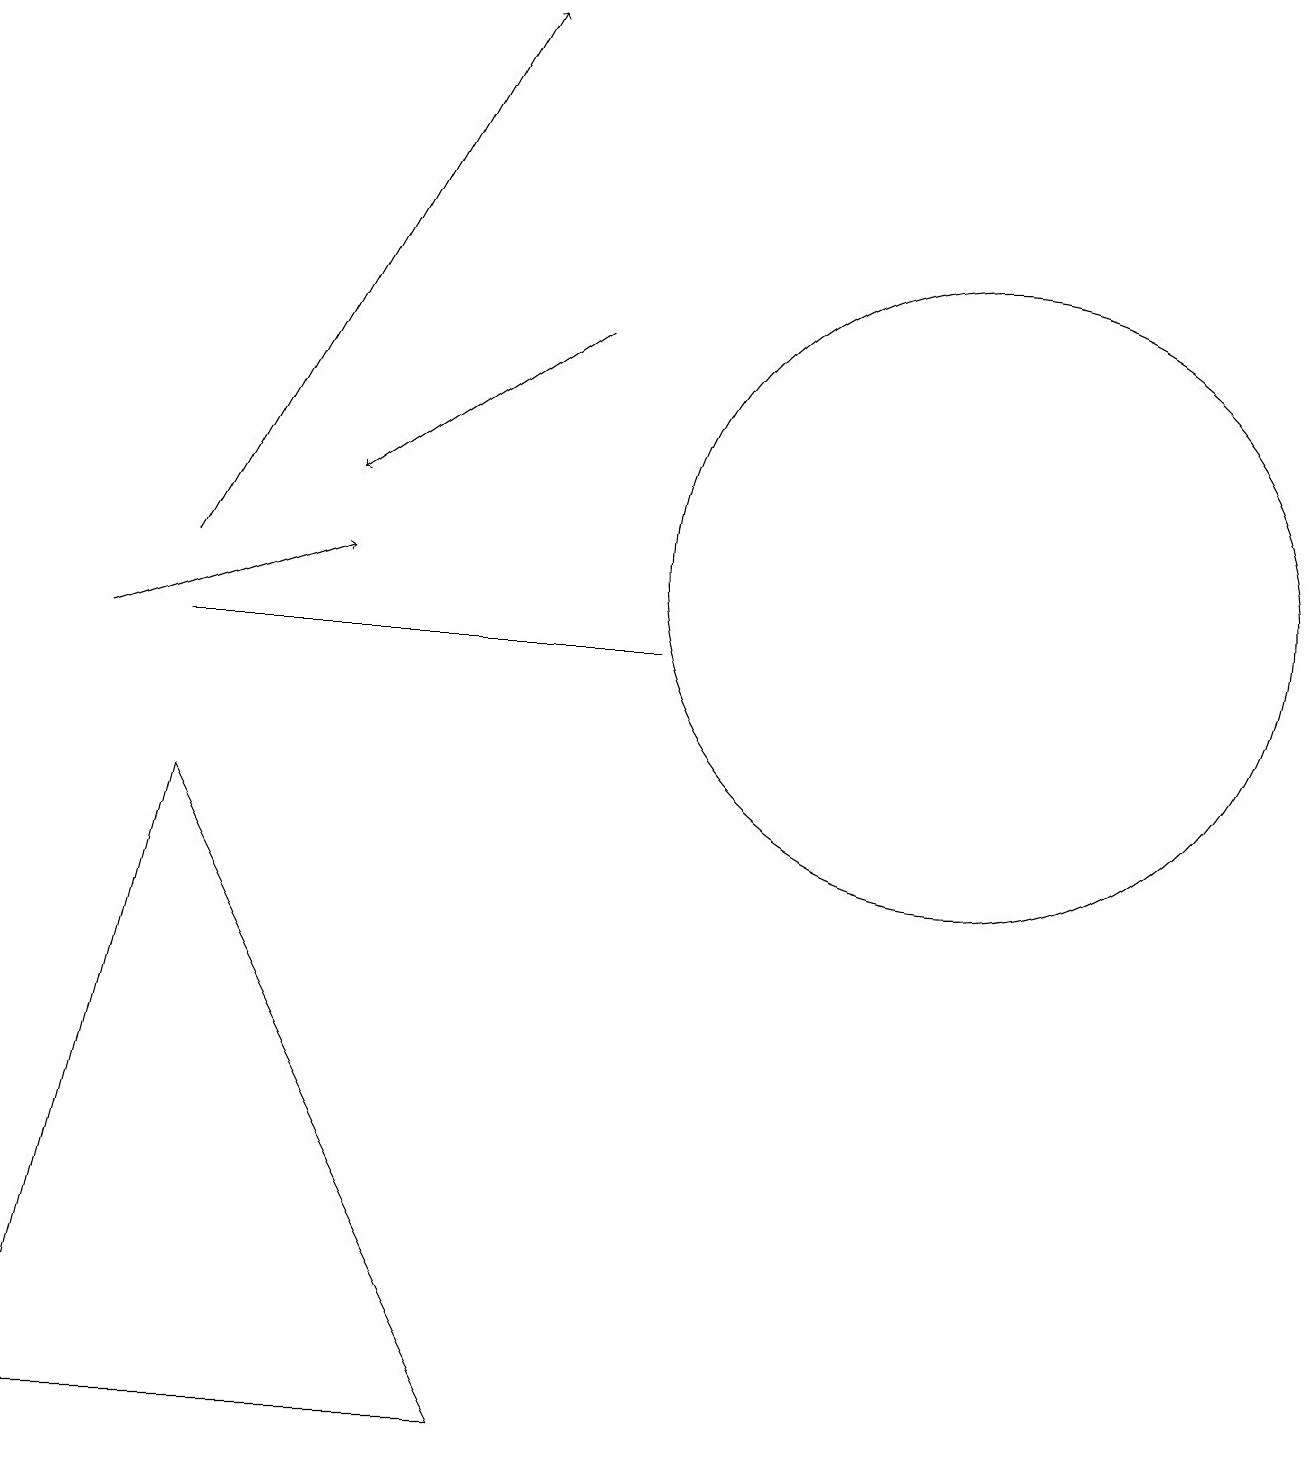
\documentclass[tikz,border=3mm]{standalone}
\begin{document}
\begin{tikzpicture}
\draw (8,11) rectangle (2,11);
\draw (12,12) circle (4);
\draw (2,9) -- (0,1) -- (6,1) -- cycle;
\draw[->] (7,15) -- (4,13);
\draw[->] (2,12) -- (6,19);
\draw[->] (1,11) -- (4,12);
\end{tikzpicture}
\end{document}